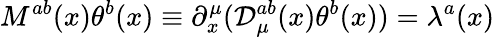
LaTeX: M^{ab}(x)\theta^{b}(x)\equiv\partial_{x}^{\mu}({\cal D}_{\mu}^{ab}(x)\theta^{b}(x))=\lambda^{a}(x)